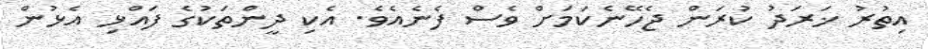
އިތުރު ޚަރަދު ކުރަން ޖެހޭނެކަމަށް ވެސް ފެނެއެވެ. އެކި ދީންތަކުގެ ފައްޅި އެޅުން